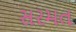
સરમત